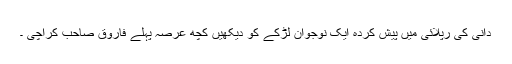
دانی کی رپلائی میں پیش کردہ ایک نوجوان لڑکے کو دیکھیں کچھ عرصہ پہلے فاروق صاحب کراچی ۔